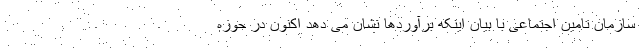
سازمان تامین اجتماعی با بیان اینکه برآوردها نشان می دهد اکنون در حوزه